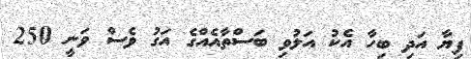
ފިޔާ އަދި ބިހާ އެކު އަލުވި ބަސްތާއެއްގެ އަގު ވެސް ވަނީ 250